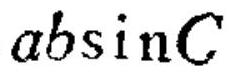
$ab\sin C$